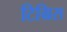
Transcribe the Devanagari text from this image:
टिग्रिस